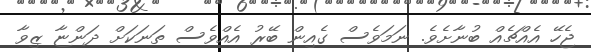
ޖެހޭ އެއްޗެއް ބުނާށެވެ. ނަމަވެސް ގެއިން ބޭރު އެއްވެސް ތަނަކަށް ދަންޏާ ޒިވާ